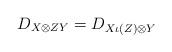
LaTeX: \begin{align*}D_{X\otimes ZY}=D_{X\iota(Z)\otimes Y}\end{align*}